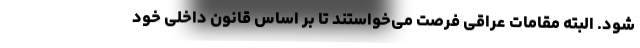
شود. البته مقامات عراقی فرصت می‌خواستند تا بر اساس قانون داخلی خود